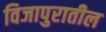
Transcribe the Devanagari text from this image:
विजापुरातील